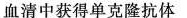
血清中获得单克隆抗体